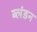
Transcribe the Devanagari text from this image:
ब्लंडन